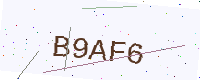
Text: B9AF6